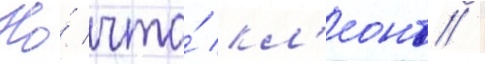
Но́ что́ кл'еонт /